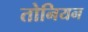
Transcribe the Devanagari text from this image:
तोनियन